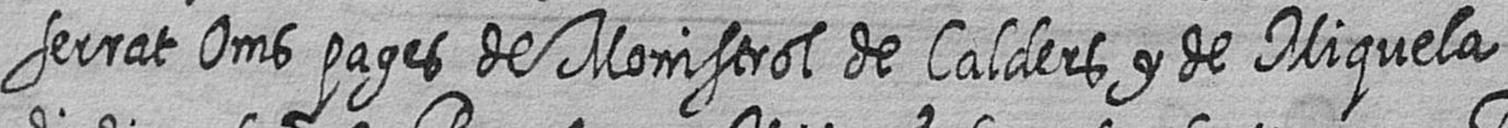
serrat Oms pages de Monistrol de Calders y de Miquela